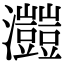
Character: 𤅐